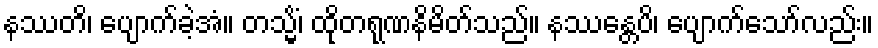
နဿတိ၊ ပျောက်ခဲ့အံ။ တသ္မိံ၊ ထိုတရုဏနိမိတ်သည်။ နဿန္တေပိ၊ ပျောက်သော်လည်း။